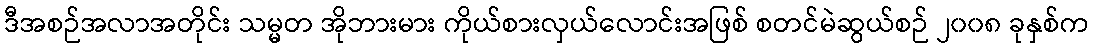
ဒီအစဉ်အလာအတိုင်း သမ္မတ အိုဘားမား ကိုယ်စားလှယ်လောင်းအဖြစ် စတင်မဲဆွယ်စဉ် ၂၀၀၈ ခုနှစ်က